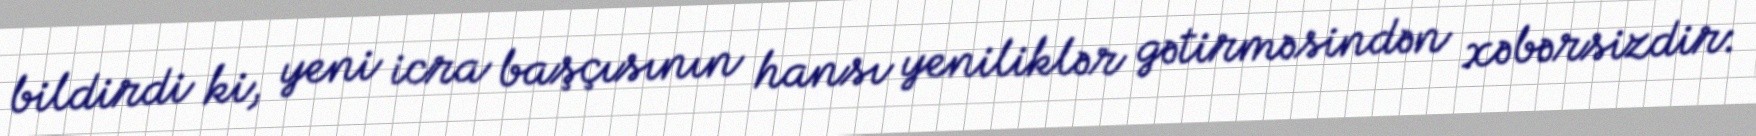
bildirdi ki, yeni icra başçısının hansı yeniliklər gətirməsindən xəbərsizdir: